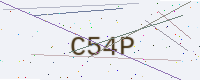
Text: C54P